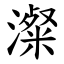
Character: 澯